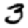
Digit: 3